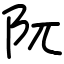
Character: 阢